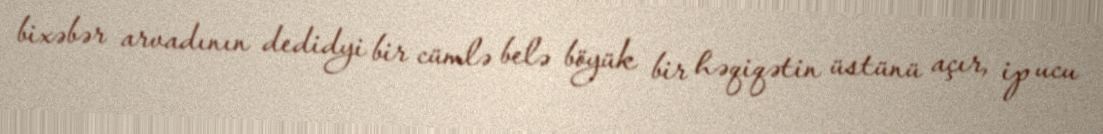
bixəbər arvadının dedidyi bir cümlə belə böyük bir həqiqətin üstünü açır, ip ucu